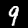
Digit: 9